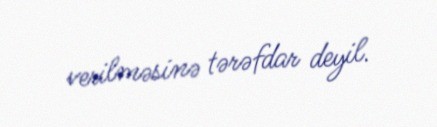
verilməsinə tərəfdar deyil.